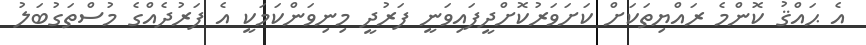
އެ ޙައްޤު ކޮންމެ ރައްޔިތަކަށް ކަށަވަރުކޮށްދީފައިވަނީ ފަރުދީ މިނިވަންކަމަކީ އެ ފަރުދެއްގެ މުސްތަގުބަލު